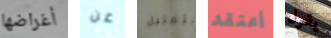
أغراضها عن بتمثيل أعتقد يقول